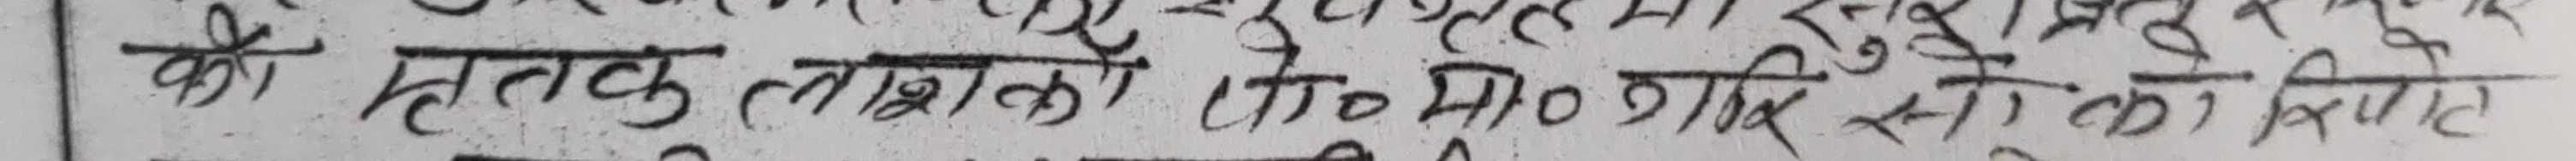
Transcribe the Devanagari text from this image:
की हलतक वाशको 10-10 वोट अधिक हो की विपीत